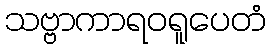
သဗ္ဗာကာရဝရူပေတံ